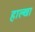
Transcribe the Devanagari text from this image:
हाल्खा